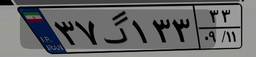
۳۷گ۱۳۳۳۳